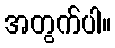
အတွက်ပါ။